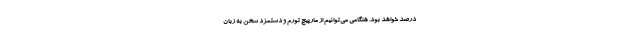
درصد خواهد بود. هنگامی می‌توانیم از مارپیچ تورم و دستمزد سخن به زبان